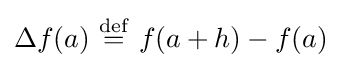
\Delta f(a)\ {\stackrel {\mathrm {def} }{=}}\ f(a+h)-f(a)